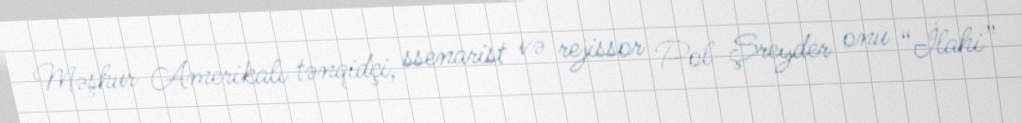
Məşhur Amerikalı tənqidçi, ssenarist və rejissor Pol Şreyder onu “İlahi”